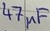
Text: 47µF